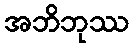
အဘိဘုဿ